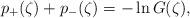
LaTeX: \begin{align*}p_+(\zeta) + p_-(\zeta) = -\ln G(\zeta),\end{align*}